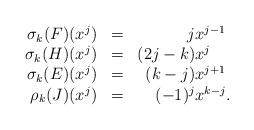
LaTeX: \begin{align*}\begin{array}{rcr@{}l}\sigma_k(F)(x^j) &=& j &x^{j-1} \\ \sigma_k(H)(x^j) &=& (2j-k) &x^j \\ \sigma_k(E) (x^j) &=& (k-j) &x^{j+1} \\ \rho_k(J)(x^j) &=& (-1)^j &x^{k-j} . \\\end{array} \end{align*}